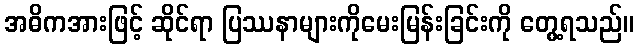
အဓိကအားဖြင့် ဆိုင်ရာ ပြဿနာများကိုမေးမြန်းခြင်းကို တွေ့ရသည်။